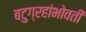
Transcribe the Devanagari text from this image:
बटुग्रहांभोवती